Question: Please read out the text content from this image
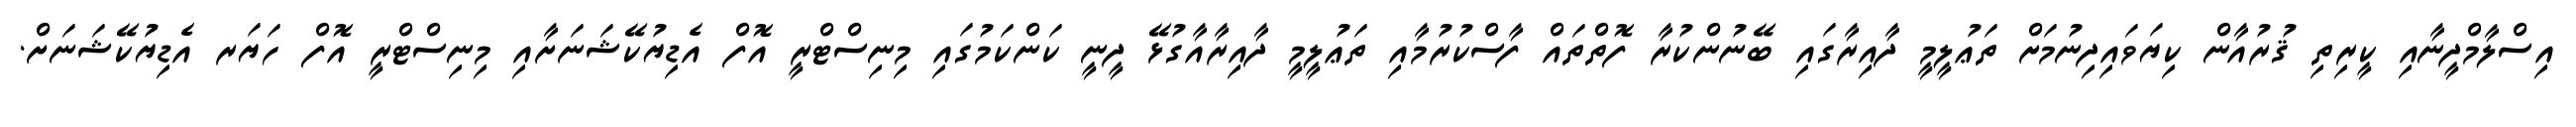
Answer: އިސްލާމްދީނާއި ކީރިތި ޤުރުއާން ކިޔަވައިދިނުމަށް ތަޢުލީމީ ދާއިރާގައި ބޭނުންކުރާ ފޮތްތައް ފާސްކުރުމާއި ތަޢުލީމީ ދާއިރާއާގުޅޭ ދީނީ ކަންކަމުގައި މިނިސްޓްރީ އޮފް އެޑިޔުކޭޝަނަށާއި މިނިސްޓްރީ އޮފް ހަޔަރ އެޑިޔުކޭޝަނަށް.